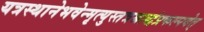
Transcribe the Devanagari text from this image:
यत्रस्थानेभवेन्मृत्युस्तत्रश्राद्धंप्रकल्पयेत्